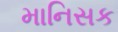
માનિસક